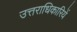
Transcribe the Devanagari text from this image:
उत्तराधिकारियें